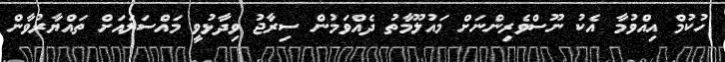
ހުކުމް އިއްވުމާ އެކު ނޫސްވެރިންނަށް މައުލޫމާތު ދެއްވަމުން ސިރާޖު ވިދާޅުވީ މައްސަލައަށް ތައްޔާރުވާން